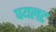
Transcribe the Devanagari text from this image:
पयलट